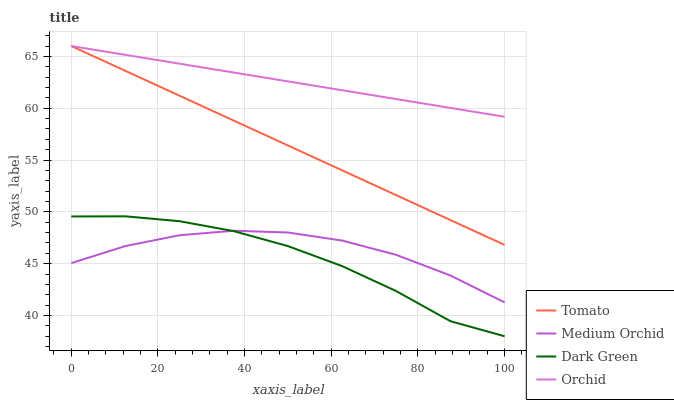
| xaxis_label | Tomato | Medium Orchid | Dark Green | Orchid |
 | --- | --- | --- | --- | --- |
 | 0 | 66 | 45.1 | 49.6 | 66 |
 | 12.5 | 63.6 | 46.7 | 49.6 | 65.1 |
 | 25 | 61.2 | 47.7 | 49.1 | 64.3 |
 | 37.5 | 58.8 | 48.2 | 48.1 | 63.4 |
 | 50 | 56.4 | 48 | 46.7 | 62.6 |
 | 62.5 | 54 | 47.2 | 44.8 | 61.7 |
 | 75 | 51.6 | 45.8 | 42.4 | 60.9 |
 | 87.5 | 49.2 | 43.9 | 39.5 | 60 |
 | 100 | 46.8 | 41.3 | 38 | 59.2 |